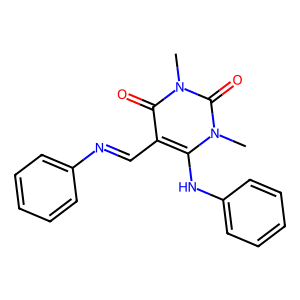
SMILES: Cn1c(Nc2ccccc2)c(C=Nc2ccccc2)c(=O)n(C)c1=O
Inhibits HIV replication: No